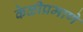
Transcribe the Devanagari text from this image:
केळीप्रमाणे